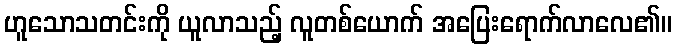
ဟူသောသတင်းကို ယူလာသည့် လူတစ်ယောက် အပြေးရောက်လာလေ၏။